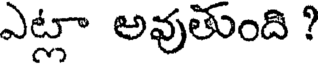
ఎట్లా అవుతుంది ?